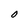
Character: 0